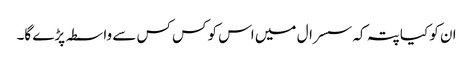
ان کو کیا پتہ کہ سسرال میں اس کو کس کس سے واسطہ پڑے گا۔